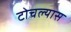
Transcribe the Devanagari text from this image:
टोचल्यास